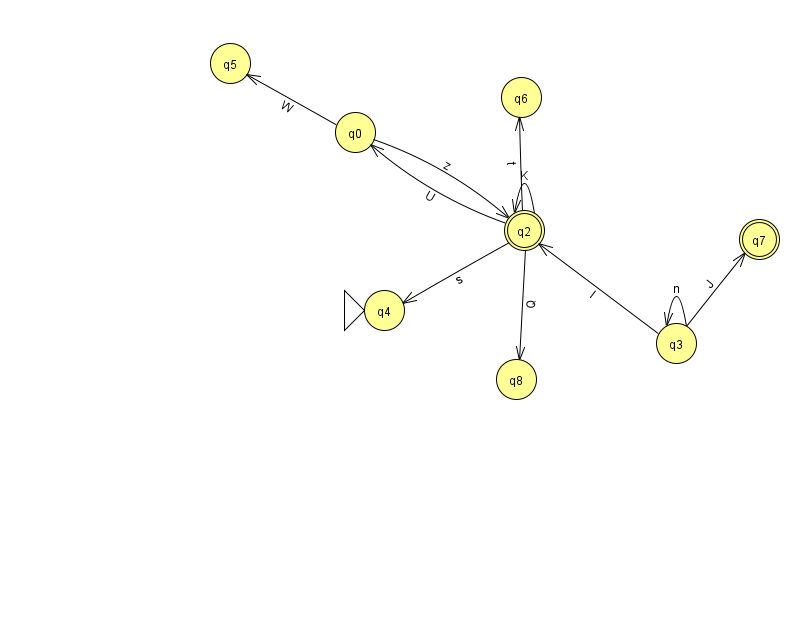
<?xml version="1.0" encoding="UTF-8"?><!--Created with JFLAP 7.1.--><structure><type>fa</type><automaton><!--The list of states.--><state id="0" name="q0"><x>355.0</x><y>119.0</y></state><state id="1" name="q1"><x>906.0</x><y>146.0</y></state><state id="2" name="q2"><x>524.0</x><y>217.0</y><final/></state><state id="3" name="q3"><x>676.0</x><y>330.0</y></state><state id="4" name="q4"><x>384.0</x><y>297.0</y><initial/></state><state id="5" name="q5"><x>230.0</x><y>50.0</y></state><state id="6" name="q6"><x>521.0</x><y>84.0</y></state><state id="7" name="q7"><x>759.0</x><y>226.0</y><final/></state><state id="8" name="q8"><x>516.0</x><y>366.0</y></state><!--The list of transitions.--><transition><from>0</from><to>5</to><read>W</read></transition><transition><from>2</from><to>0</to><read>U</read></transition><transition><from>2</from><to>6</to><read>t</read></transition><transition><from>2</from><to>4</to><read>s</read></transition><transition><from>2</from><to>8</to><read>Q</read></transition><transition><from>3</from><to>2</to><read>l</read></transition><transition><from>3</from><to>7</to><read>J</read></transition><transition><from>2</from><to>2</to><read>K</read></transition><transition><from>0</from><to>2</to><read>z</read></transition><transition><from>1</from><to>1</to><read>l</read></transition><transition><from>3</from><to>3</to><read>n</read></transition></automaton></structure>